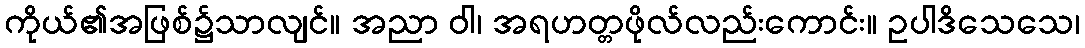
ကိုယ်၏အဖြစ်၌သာလျင်။ အညာ ဝါ၊ အရဟတ္တဖိုလ်လည်းကောင်း။ ဥပါဒိသေသေ၊